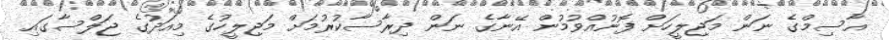
އާސިމްގެ ނަން މަޖިލީހަށް ފޮނުއްވުމުން އޭނާގެ ނަން ދިރާސާކުރުމަަށް މަޖިލީހުގެ މިއަދުގެ ޖަލްސާގައި